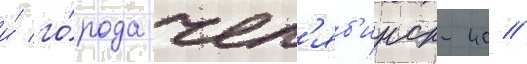
и́ го́рода чел'яб'инск-40 //